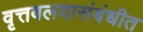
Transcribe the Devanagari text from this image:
वृत्तवलयासंबंधीत